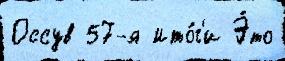
Оссув 57-я Ито́г'и Э́то